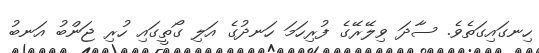
ހިނގައިގަތެވެ. ސާދަ ވިލޭރޭގެ ފުރިހަމަ ހަނދުގެ އަލި ގޯތީގައި ހުރި ޖަންބު އަނބު